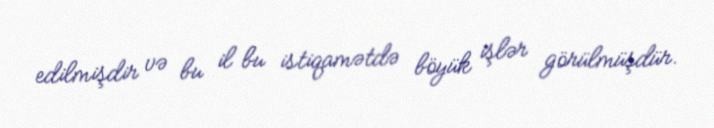
edilmişdir və bu il bu istiqamətdə böyük işlər görülmüşdür.